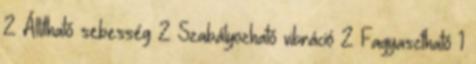
2 Állítható sebesség 2 Szabályozható vibráció 2 Fagyasztható 1